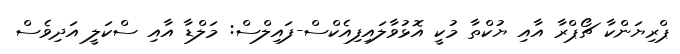
ޕްރިޔަންކާ ޗޯޕްރާ އާއި ޔުކްތާ މުކީ އޮޅުވާލައިފިއެކްސް-ފައިލްސް: މަލްޑާ އާއި ސްކަލީ އަދިވެސް